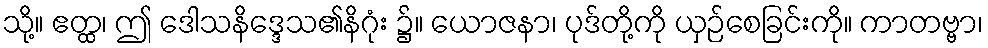
သို့။ ဧတ္ထ၊ ဤ ဒေါသနိဒ္ဒေသ၏နိဂုံး ၌။ ယောဇနာ၊ ပုဒ်တို့ကို ယှဉ်စေခြင်းကို။ ကာတဗ္ဗာ၊